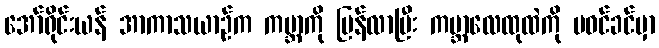
အော်ရိုင်းယန် အာကာသယာဉ်က ကမ္ဘာကို ပြန်လာပြီး ကမ္ဘာ့လေထုထဲကို မဝင်ခင်မှာ